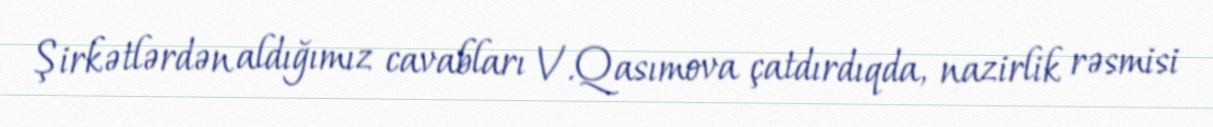
Şirkətlərdən aldığımız cavabları V.Qasımova çatdırdıqda, nazirlik rəsmisi